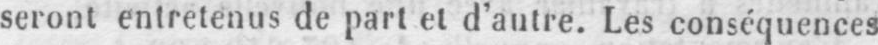
seront entretenus de part et d’autre. Les conséquences